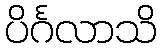
ပိင်္ဂလာသိ